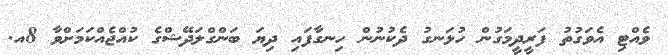
ވެއްޓި އެވަގުތު ފަރީދީމަގުން ހުޅަނގު ދެކުނުން ހިނގާފައި ދިޔަ ބަންގްލަދޭޝްގެ ކުއްޖެއްކަމަށްވާ 8އ.